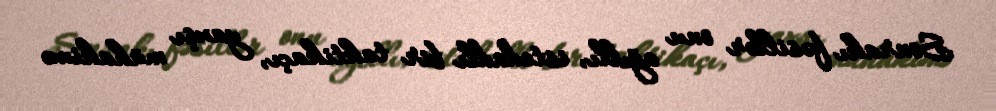
Sonrakı fəsillər onu ağıllı, istedadlı bir taktikaçı, yaxşı mühakimə